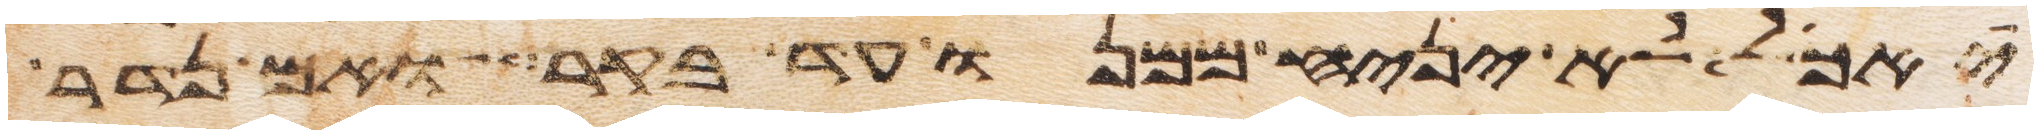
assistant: יאכל לא יניח ממנו עד בקר ואם נדר